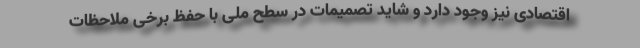
اقتصادی نیز وجود دارد و شاید تصمیمات در سطح ملی با حفظ برخی ملاحظات